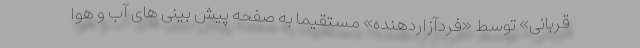
قربانی» توسط «فردآزاردهنده» مستقیما به صفحه پیش بینی های آب و هوا